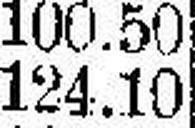
124.10